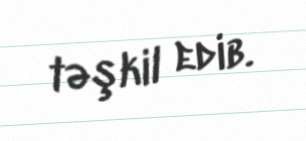
təşkil edib.